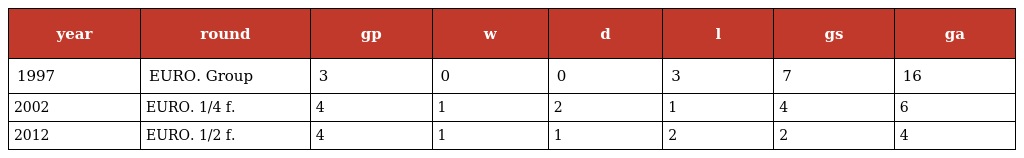
| year | round | gp | w | d | l | gs | ga |
 | --- | --- | --- | --- | --- | --- | --- | --- |
 | 1997 | EURO. Group | 3 | 0 | 0 | 3 | 7 | 16 |
 | 2002 | EURO. 1/4 f. | 4 | 1 | 2 | 1 | 4 | 6 |
 | 2012 | EURO. 1/2 f. | 4 | 1 | 1 | 2 | 2 | 4 |